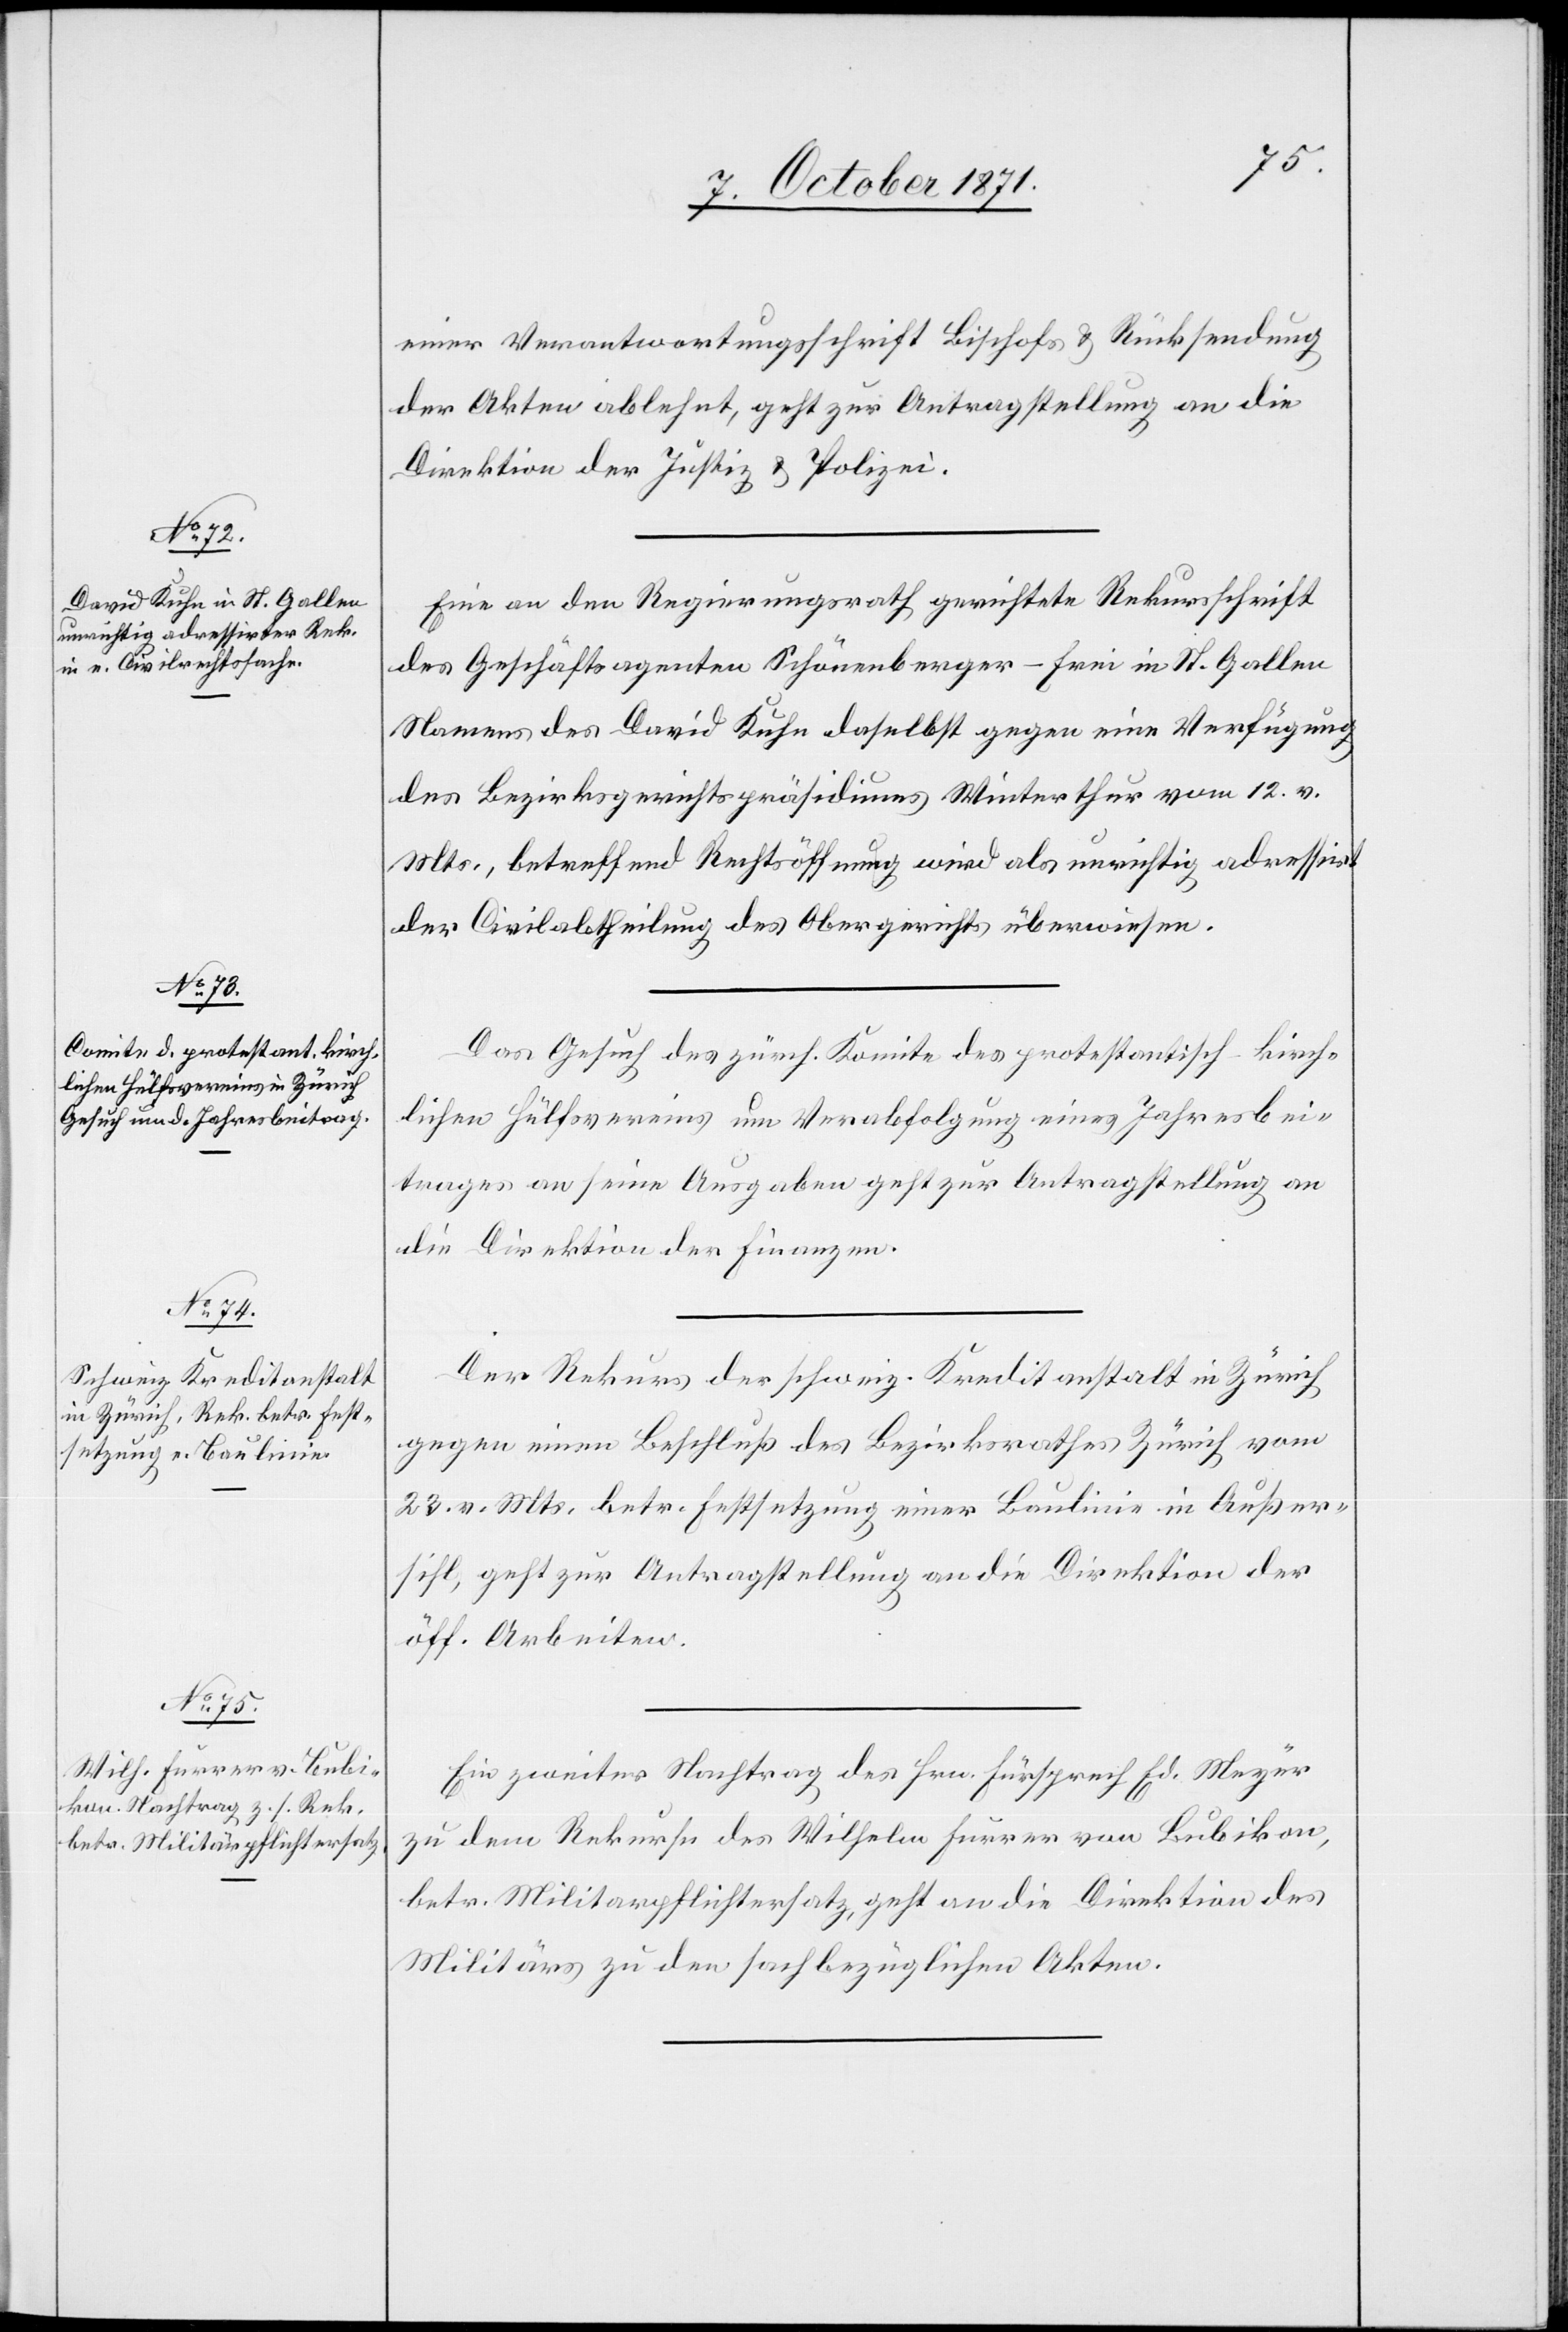
11. October 1871.]
einer Verantwortungsschrift Bischofs & Rücksendung
der Akten ablehnt, geht zur Antragstellung an die
Direktion der Justiz & Polizei.
Eine an den Regierungsrath gerichtete Rekursschrift
des Geschäftsagenten Schönenberger-Frei in St. Gallen
Namens des David Kuhn daselbst gegen eine Verfügung
des Bezirksgerichtspräsidiums Winterthur vom 12. v.
Mts., betreffend Rechtsöffnung wird als unrichtig adressirt
der Civilabtheilung des Obergerichts überwiesen.
Das Gesuch des zürch. Komitee des protestantisch-kirch¬
lichen Hülfsvereins um Verabfolgung eines Jahresbei¬
trages an seine Ausgaben geht zur Antragstellung an
die Direktion der Finanzen.
Der Rekurs der schweiz. Kreditanstalt in Zürich
gegen einen Beschluß des Bezirksrathes Zürich vom
23. v. Mts. betr. Festsetzung einer Baulinie in Außer¬
sihl, geht zur Antragstellung an die Direktion der
öff. Arbeiten.
Ein zweiter Nachtrag des Hrn. Fürsprech Ed. Meyer
zu dem Rekurse des Wilhelm Furrer von Bubikon,
betr. Militärpflichtersatz, geht an die Direktion des
Militärs zu den sachbezüglichen Akten.